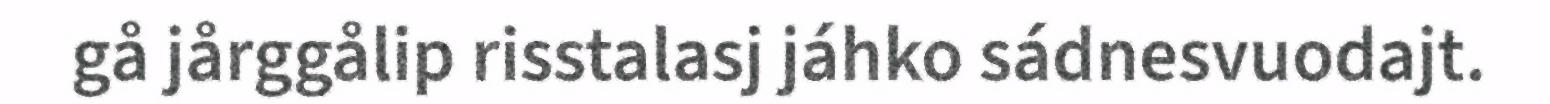
gå jårggålip risstalasj jáhko sádnesvuodajt.